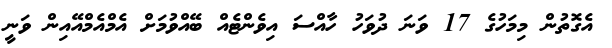
އެގޮތުން މިމަހުގެ 17 ވަނަ ދުވަހު ހާއްސަ އިވެންޓެއް ބޭއްވުމަށް އެމްއެމްއޭއިން ވަނީ